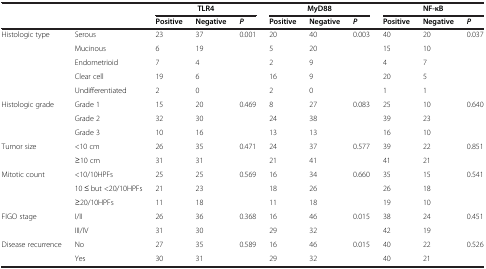
<table><thead><tr><td colspan="2" rowspan="2">[EMPTY_CELL]</td><td colspan="3"><b>TLR4</b></td><td colspan="3"><b>MyD88</b></td><td colspan="3"><b>NF-κB</b></td></tr><tr><td><b>Positive</b></td><td><b>Negative</b></td><td><b><i>P</i></b></td><td><b>Positive</b></td><td><b>Negative</b></td><td><b><i>P</i></b></td><td><b>Positive</b></td><td><b>Negative</b></td><td><b><i>P</i></b></td></tr></thead><tbody><tr><td>Histologic type</td><td>Serous</td><td>23</td><td>37</td><td rowspan="5">0.001</td><td>20</td><td>40</td><td rowspan="5">0.003</td><td>40</td><td>20</td><td rowspan="5">0.037</td></tr><tr><td>[EMPTY_CELL]</td><td>Mucinous</td><td>6</td><td>19</td><td>5</td><td>20</td><td>15</td><td>10</td></tr><tr><td>[EMPTY_CELL]</td><td>Endometrioid</td><td>7</td><td>4</td><td>2</td><td>9</td><td>4</td><td>7</td></tr><tr><td>[EMPTY_CELL]</td><td>Clear cell</td><td>19</td><td>6</td><td>16</td><td>9</td><td>20</td><td>5</td></tr><tr><td>[EMPTY_CELL]</td><td>Undifferentiated</td><td>2</td><td>0</td><td>2</td><td>0</td><td>1</td><td>1</td></tr><tr><td>Histologic grade</td><td>Grade 1</td><td>15</td><td>20</td><td rowspan="3">0.469</td><td>8</td><td>27</td><td rowspan="3">0.083</td><td>25</td><td>10</td><td rowspan="3">0.640</td></tr><tr><td>[EMPTY_CELL]</td><td>Grade 2</td><td>32</td><td>30</td><td>24</td><td>38</td><td>39</td><td>23</td></tr><tr><td>[EMPTY_CELL]</td><td>Grade 3</td><td>10</td><td>16</td><td>13</td><td>13</td><td>16</td><td>10</td></tr><tr><td>Tumor size</td><td>&lt;10 cm</td><td>26</td><td>35</td><td rowspan="2">0.471</td><td>24</td><td>37</td><td rowspan="2">0.577</td><td>39</td><td>22</td><td rowspan="2">0.851</td></tr><tr><td>[EMPTY_CELL]</td><td>≥10 cm</td><td>31</td><td>31</td><td>21</td><td>41</td><td>41</td><td>21</td></tr><tr><td>Mitotic count</td><td>&lt;10/10HPFs</td><td>25</td><td>25</td><td rowspan="3">0.569</td><td>16</td><td>34</td><td rowspan="3">0.660</td><td>35</td><td>15</td><td rowspan="3">0.541</td></tr><tr><td>[EMPTY_CELL]</td><td>10 ≤ but &lt;20/10HPFs</td><td>21</td><td>23</td><td>18</td><td>26</td><td>26</td><td>18</td></tr><tr><td>[EMPTY_CELL]</td><td>≥20/10HPFs</td><td>11</td><td>18</td><td>11</td><td>18</td><td>19</td><td>10</td></tr><tr><td>FIGO stage</td><td>I/II</td><td>26</td><td>36</td><td rowspan="2">0.368</td><td>16</td><td>46</td><td rowspan="2">0.015</td><td>38</td><td>24</td><td rowspan="2">0.451</td></tr><tr><td>[EMPTY_CELL]</td><td>III/IV</td><td>31</td><td>30</td><td>29</td><td>32</td><td>42</td><td>19</td></tr><tr><td>Disease recurrence</td><td>No</td><td>27</td><td>35</td><td rowspan="2">0.589</td><td>16</td><td>46</td><td rowspan="2">0.015</td><td>40</td><td>22</td><td rowspan="2">0.526</td></tr><tr><td>[EMPTY_CELL]</td><td>Yes</td><td>30</td><td>31</td><td>29</td><td>32</td><td>40</td><td>21</td></tr></tbody></table>